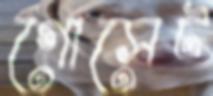
গোসেট